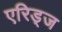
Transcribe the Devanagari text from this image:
एरिड्‌ज